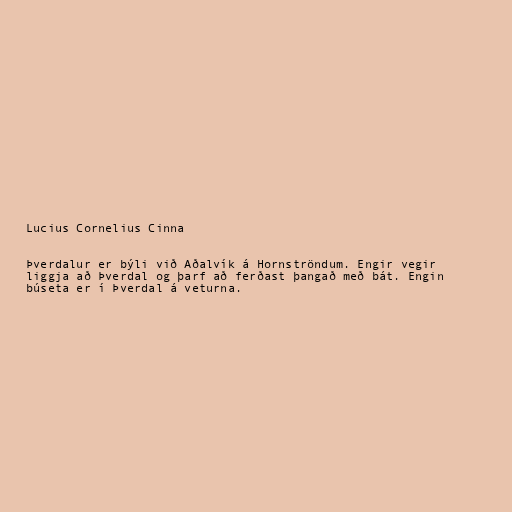
Lucius Cornelius Cinna

Þverdalur er býli við Aðalvík á Hornströndum. Engir vegir
liggja að Þverdal og þarf að ferðast þangað með bát. Engin
búseta er í Þverdal á veturna.